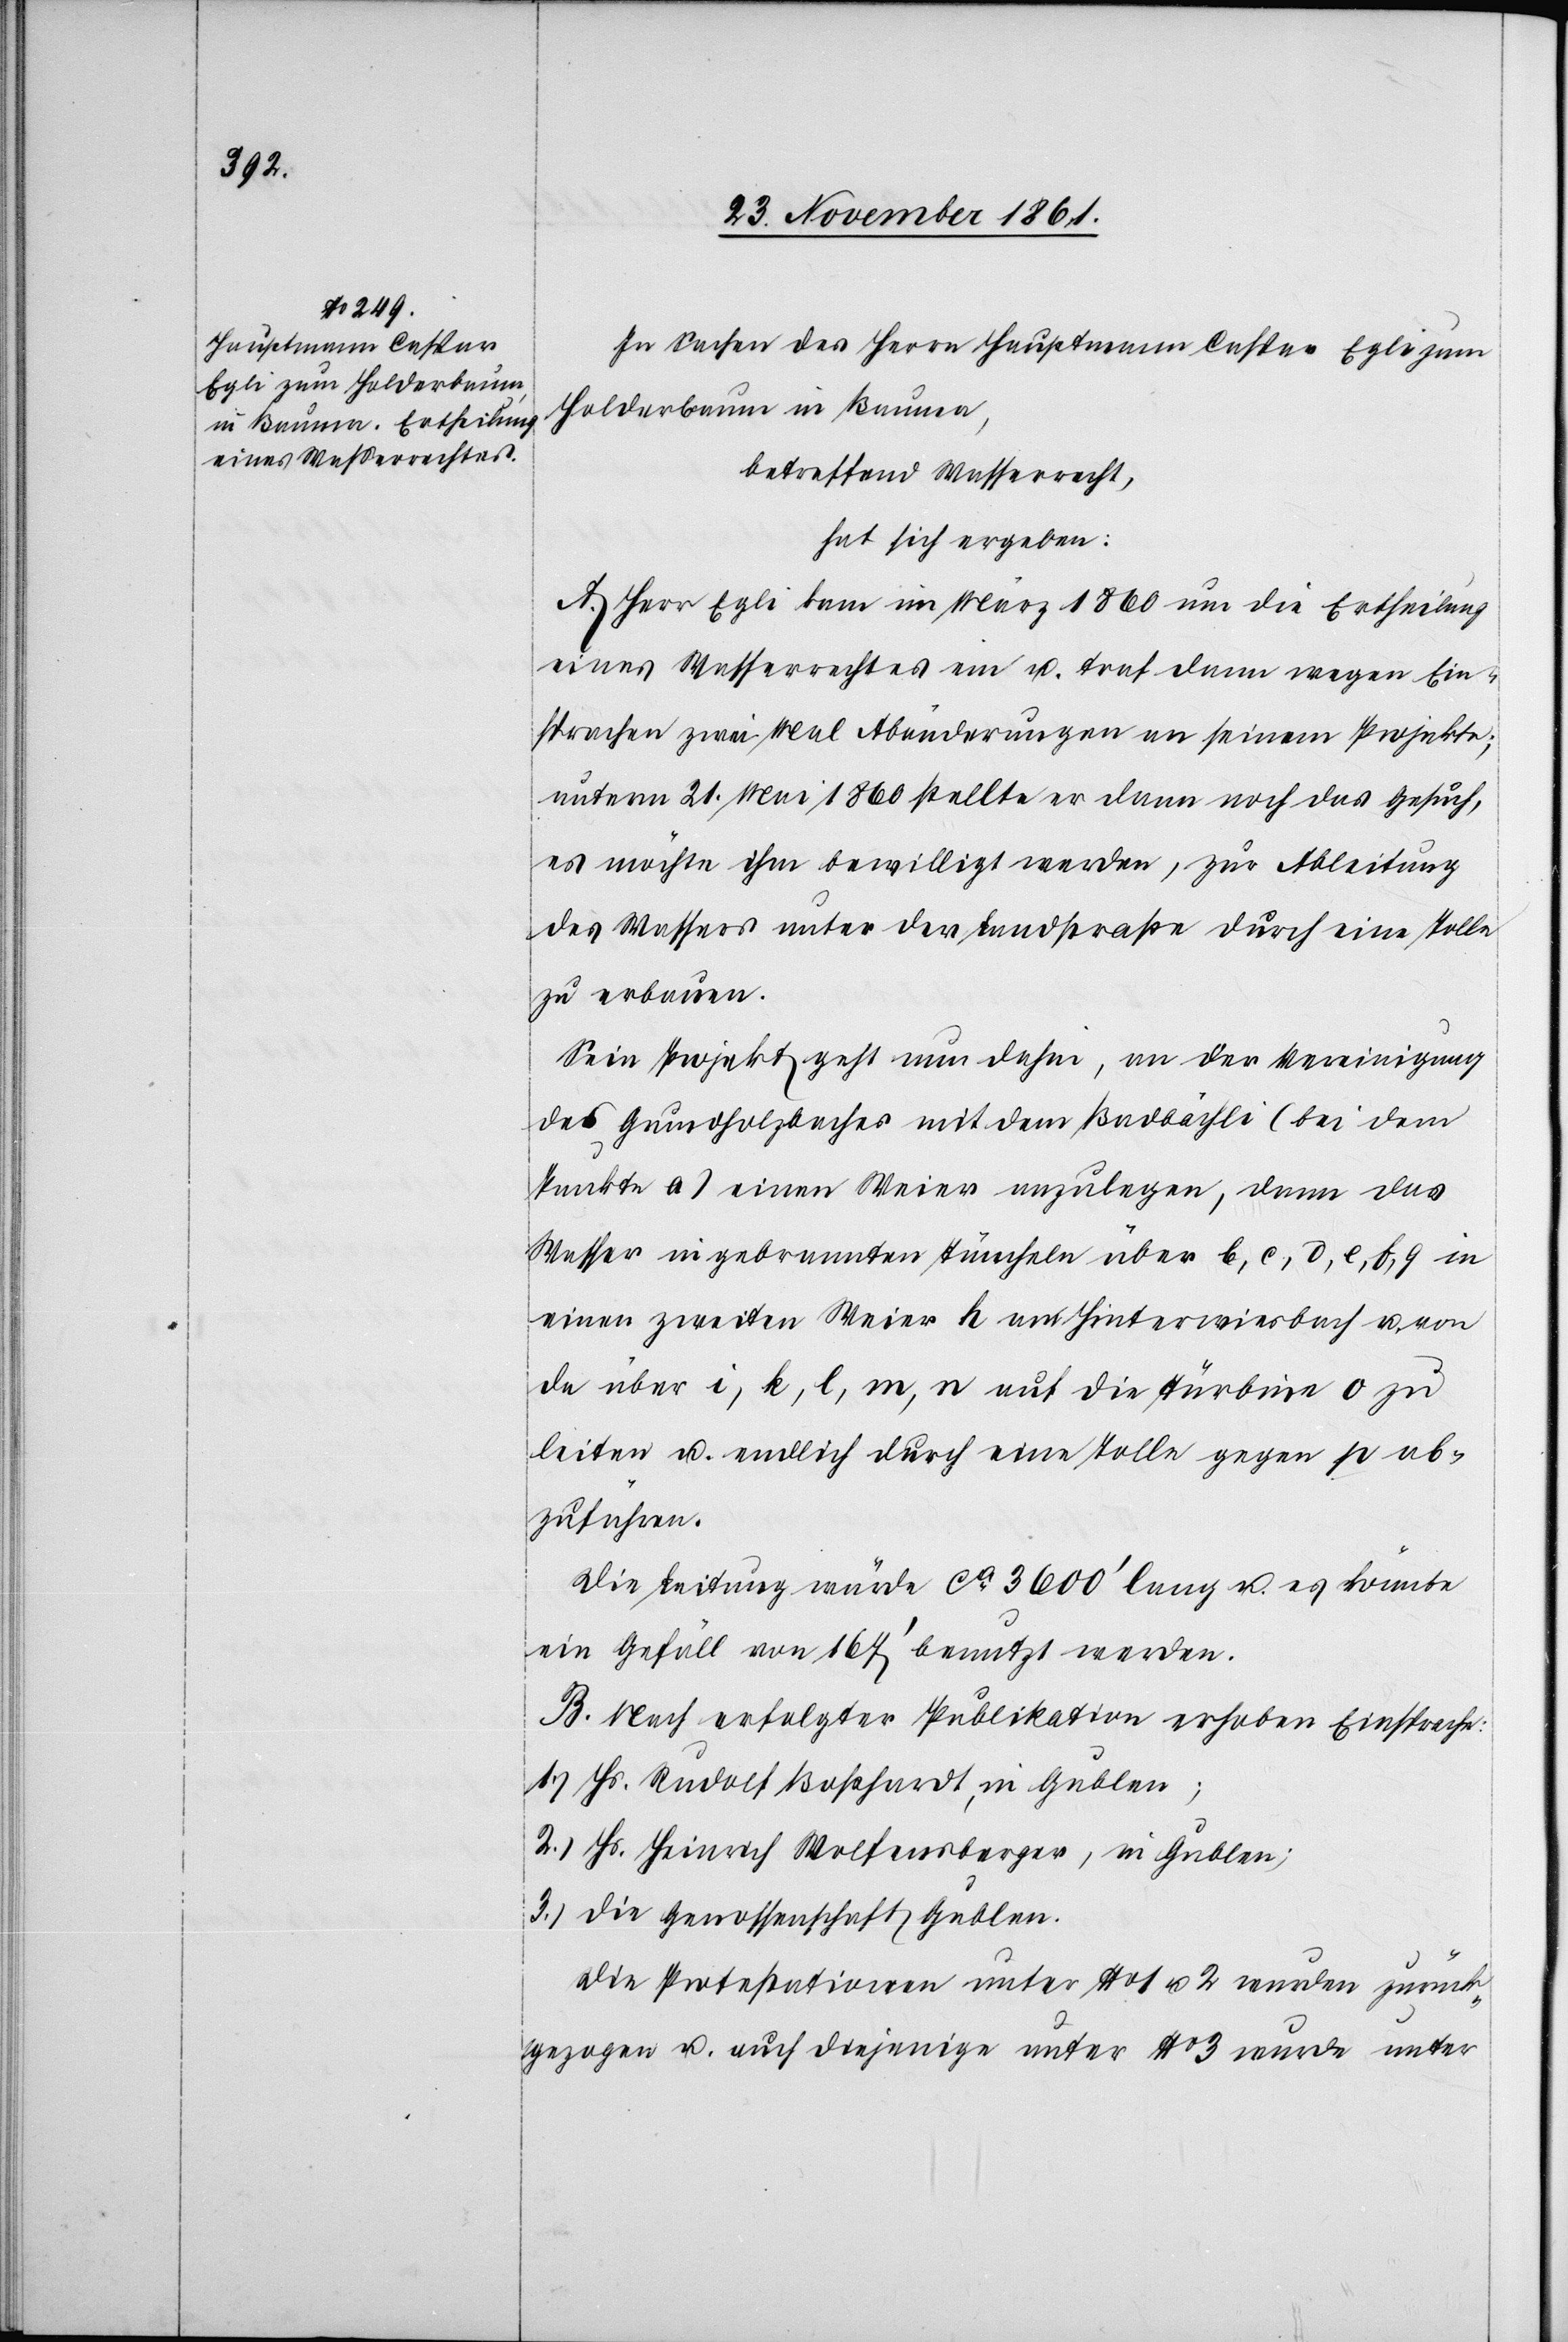
In Sachen des Herrn Hauptmann Caspar Egli zum
Holderbaum in Bauma,
betreffend Wasserrecht,
hat sich ergeben:
A. Herr Egli kam im März 1860 um die Ertheilung
eines Wasserrechtes ein u. traf dann wegen Ein¬
sprachen zwei Mal Abänderungen an seinem Projekte;
unterm 21 Mai 1860 stellte er dann noch das Gesuch,
es möchte ihm bewilligt werden, zur Ableitung
des Wassers unter der Landstraße durch eine Tolle
zu erbauen.
Sein Projekt geht nun dahin, an der Vereinigung
des Grundholzbaches mit dem Badbächli (bei dem
Punkte a) einen Weier anzulegen, dann das
Wasser in gebrannten Tüncheln über b, c, d, e, f, g in
einen zweiten Weier h am Hinterwiesbach u. von
da über i, k, l, m, n auf die Turbine o zu
leiten u. endlich durch eine Tolle gegen p ab¬
zuführen.
Die Leitung würde ca 3600‘ lang u. es könnte
ein Gefäll von 167‘ benutzt werden.
B. Nach erfolgter Publikation erhoben Einsprache:
1.) Hs. Rudolf Boßhardt, in Gublen;
2.) Hs. Heinrich Wolfensberger, in Gublen;
3.) die Genossenschaft Gublen.
Die Protestationen unter No 1 u. 2 wurden zurück¬
gezogen u. auch diejenige unter No 3 wurde unter